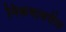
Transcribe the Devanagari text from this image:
निकषावरील